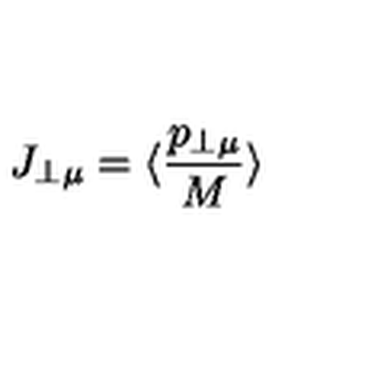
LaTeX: J _ { \perp \mu } = \langle \frac { p _ { \perp \mu } } { M } \rangle